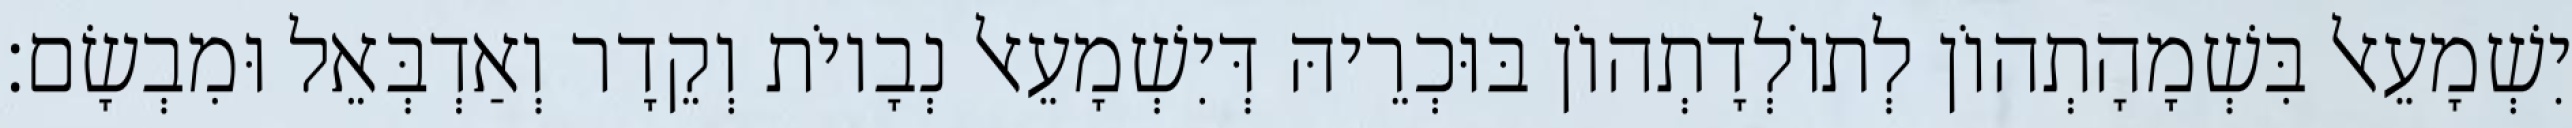
יִשְׁמָעֵאל בִּשְׁמָהָתְהוֹן לְתוֹלְדָתְהוֹן בּוּכְרֵיהּ דְּיִשְׁמָעֵאל נְבָיוֹת וְקֵדָר וְאַדְבְּאֵל וּמִבְשָׂם׃